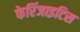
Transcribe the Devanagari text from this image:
फेरिंजाइटिस